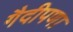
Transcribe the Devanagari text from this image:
गैदीपणा